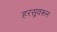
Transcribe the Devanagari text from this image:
हरसूवरून